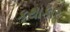
કથાકાર